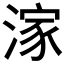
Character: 𣺊